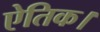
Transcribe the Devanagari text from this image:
ऐतिक।